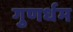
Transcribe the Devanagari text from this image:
गुणर्धम